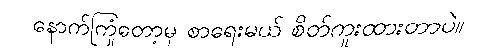
နောက်ကြုံတော့မှ စာရေးမယ် စိတ်ကူးထားတာပဲ။